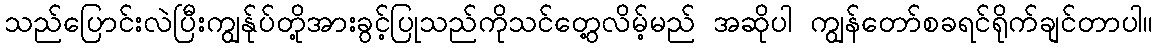
သည်ပြောင်းလဲပြီးကျွန်ုပ်တို့အားခွင့်ပြုသည်ကိုသင်တွေ့လိမ့်မည် အဆိုပါ ကျွန်တော်စခရင်ရိုက်ချင်တာပါ။